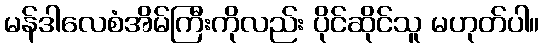
မန်ဒါလေစံအိမ်ကြီးကိုလည်း ပိုင်ဆိုင်သူ မဟုတ်ပါ။